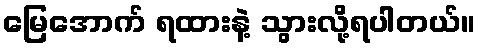
မြေအောက် ရထားနဲ့ သွားလို့ရပါတယ်။